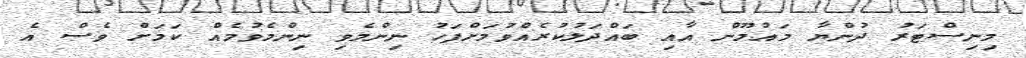
މިނިސްޓަރު ދުންޔާ މައުމޫން އާއި ބައްދަލުކުރެއްވުމަށްފަހު ނިންމެވި ނިންމެވުމެއް ކަމަށް ވެސް އެ